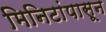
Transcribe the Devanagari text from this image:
मिनिटांपासून